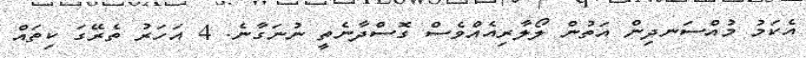
އެކަމު މުއްސަނދިން އަތުން ލޯލާރިއެއްވެސް ގޮސްދާނެތީ ނުނަގާނެ. 4 އަހަރު ތެރޭގަ ކިތައް